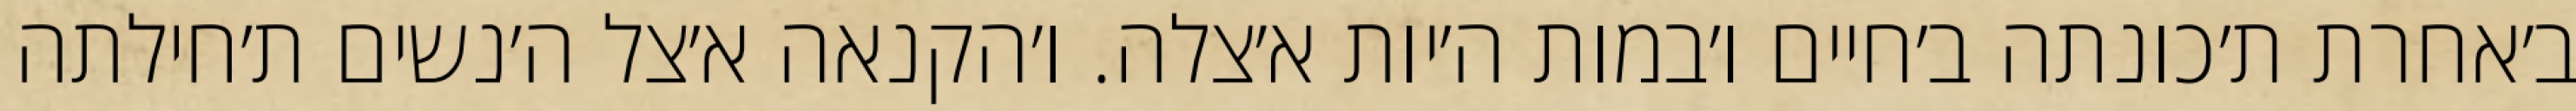
ב׳אחרת ת׳כונתה ב׳חיים ו׳במות ה׳יות א׳צלה. ו׳הקנאה א׳צל ה׳נשים ת׳חילתה